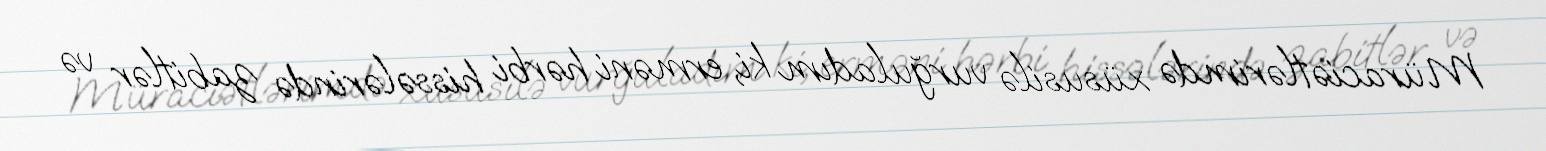
Müraciətlərimdə xüsusilə vurğuladım ki, erməni hərbi hissələrində zabitlər və